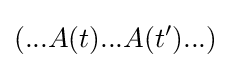
(...A(t)...A(t')...)